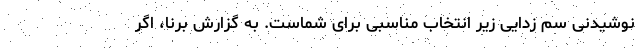
نوشیدنی سم زدایی زیر انتخاب مناسبی برای شماست. به گزارش برنا، اگر